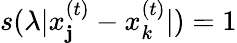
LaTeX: s(\lambda|x_{\mathbf{j}}^{(t)}-x_{k}^{(t)}|)=1